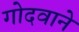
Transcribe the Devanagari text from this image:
गोदवाने